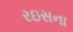
રઇસના